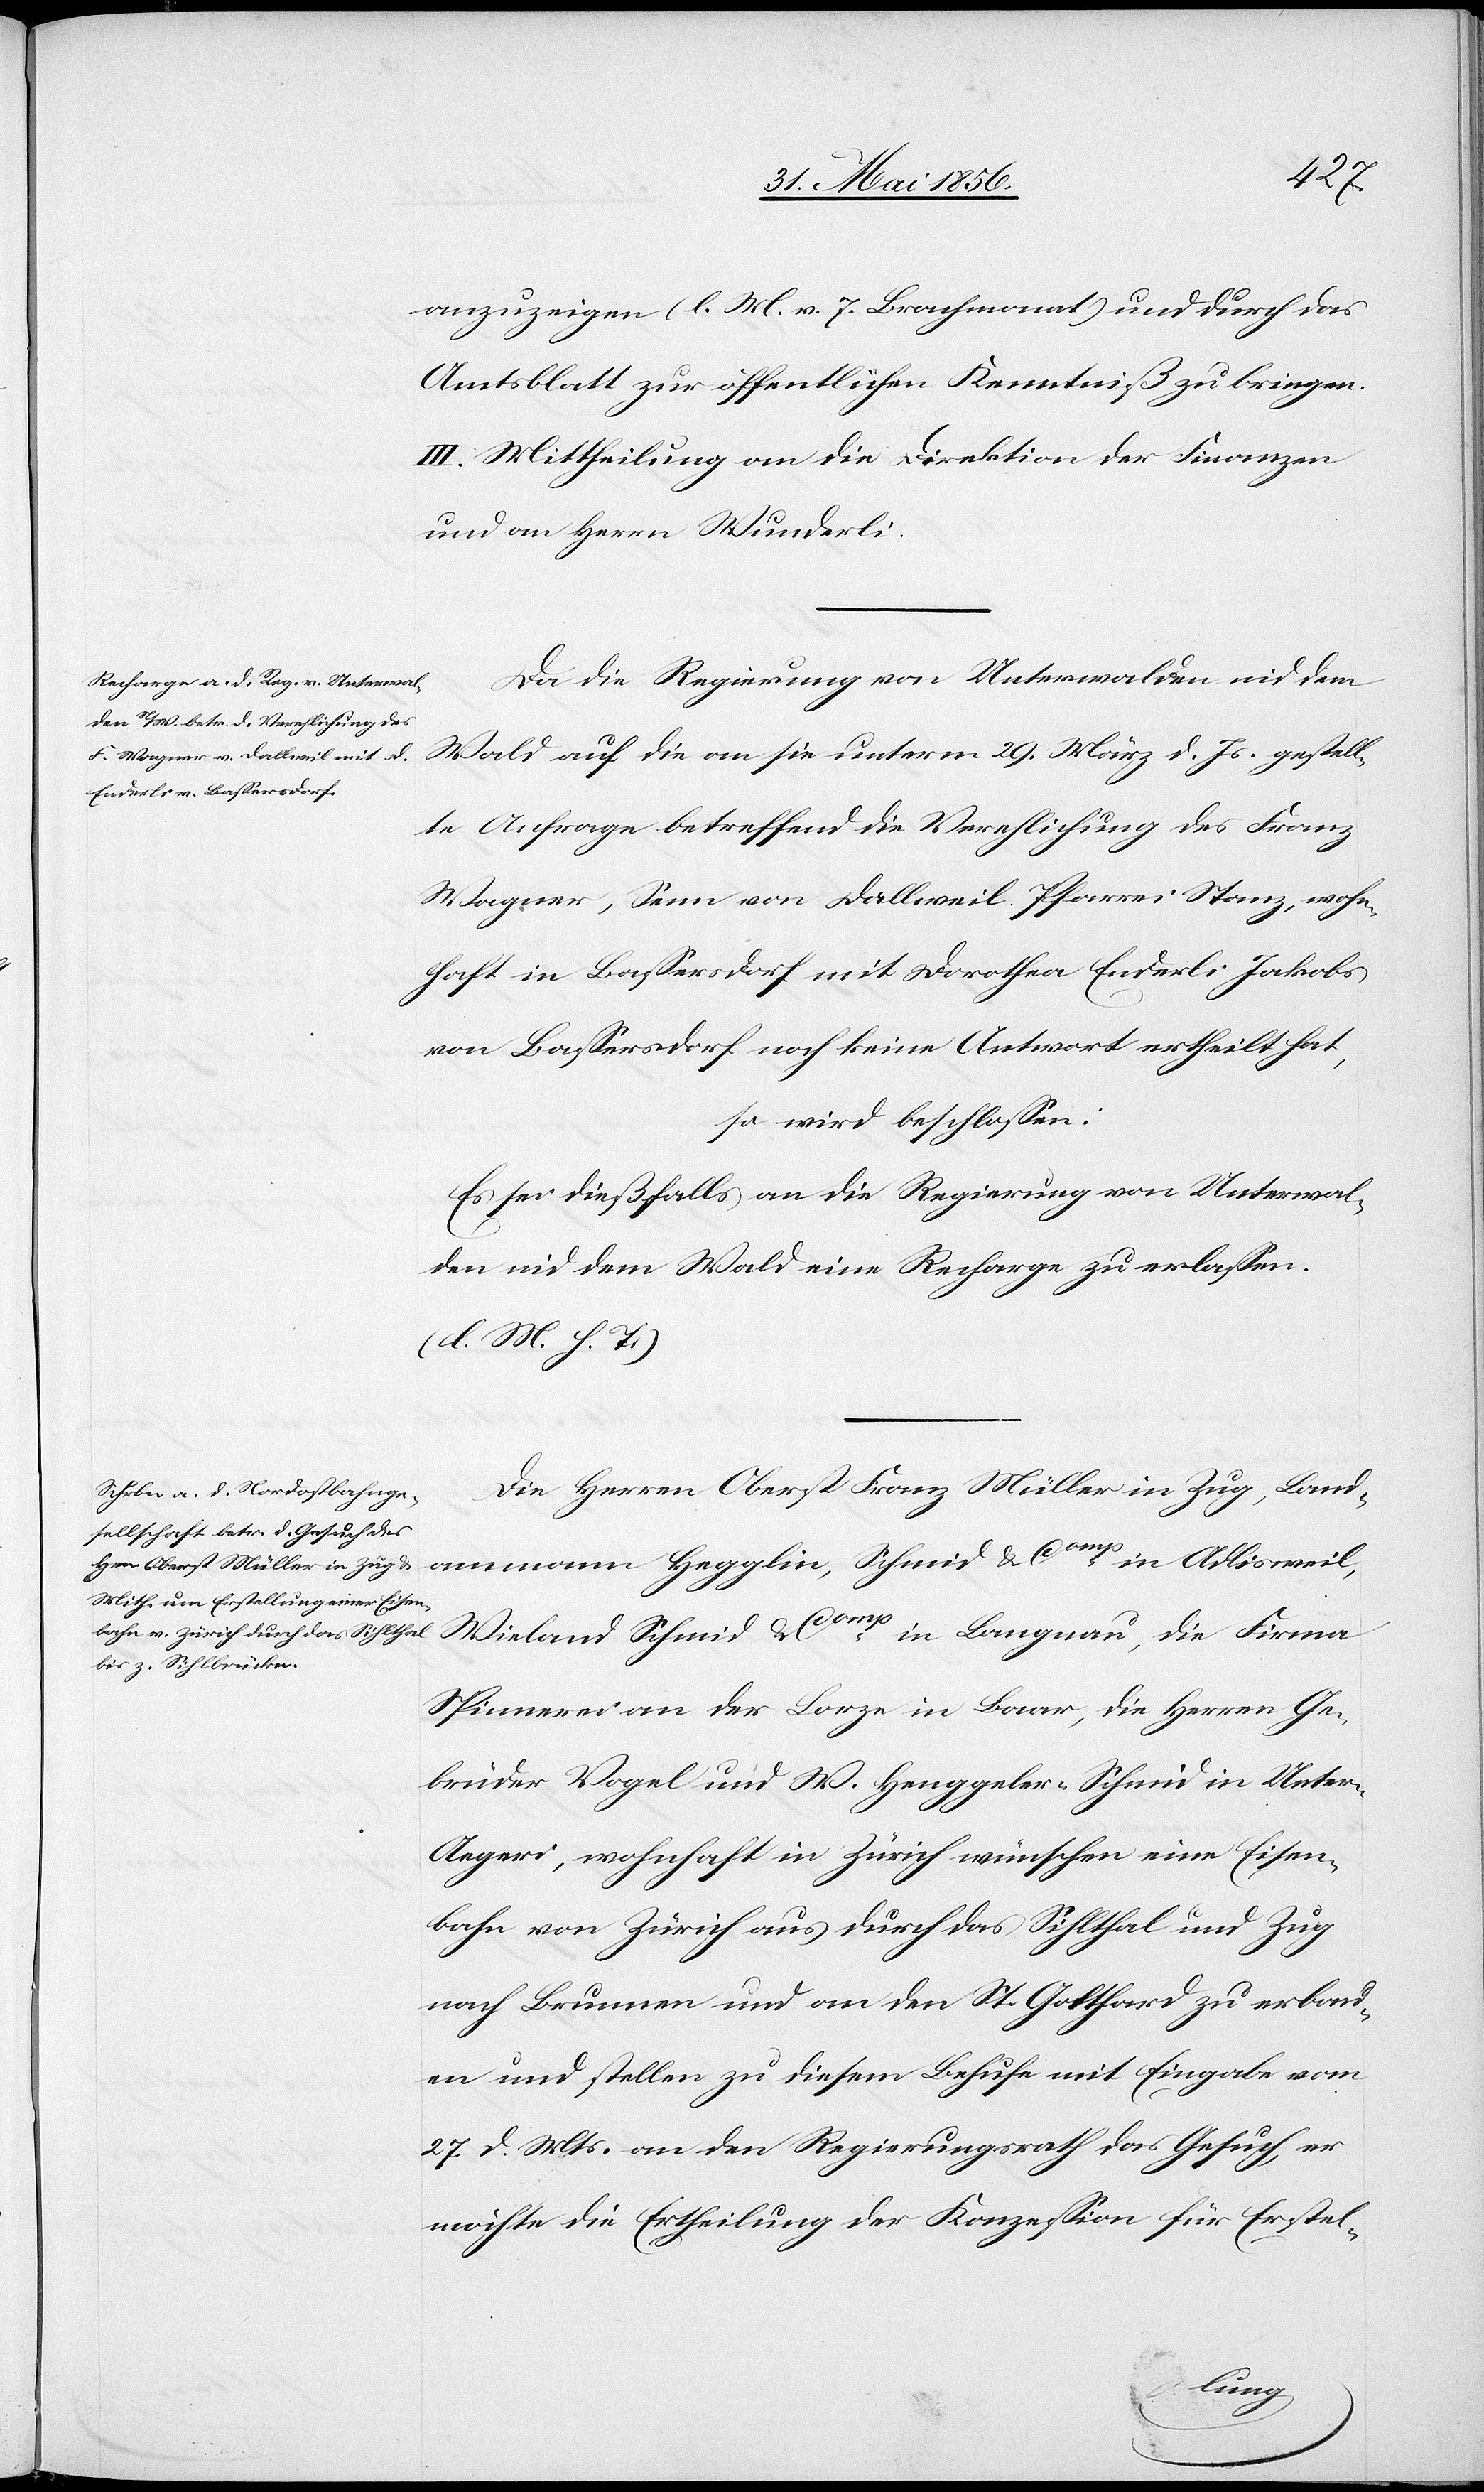
anzuzeigen (l. M. v. 7. Brachmonat) und durch das
Amtsblatt zur öffentlichen Kenntniß zu bringen.
III. Mittheilung an die Direktion der Finanzen
und an Herrn Wunderli.
Da die Regierung von Unterwalden nid dem
Wald auf die an sie unterm 29. März d. Js. gestell¬
te Anfrage betreffend die Verehlichung des Franz
Wagner, Senn von Dallweil Pfarrei Stanz, wohn¬
haft in Bassersdorf mit Dorothea Enderli Jakobs
von Bassersdorf noch keine Antwort ertheilt hat,
so wird beschlossen:
Es sei dießfalls an die Regierung von Unterwal¬
den nid dem Wald eine Recharge zu erlassen.
(l. M. h. T.)
Die Herren Oberst Franz Müller in Zug, Land¬
ammann Hegglin, Schmid & Comp in Langnau,
Spinnerei an der Lorze in Baar, die Herren Ge¬
brüder Vogel und W. Henggeler-Schmid in Unter-A¬
egeri, wohnhaft in Zürich wünschen eine Eisen¬
bahn von Zürich aus durch das Sihlthal und Zug
nach Brunnen und an den St. Gotthard zu erbau¬
en und stellen zu diesem Behufe mit Eingabe vom
27. d. Mts. an den Regierungsrath das Gesuch, er
möchte die Ertheilung der Konzession für Erstel-